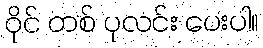
ဝိုင် တစ် ပုလင်း ပေးပါ။